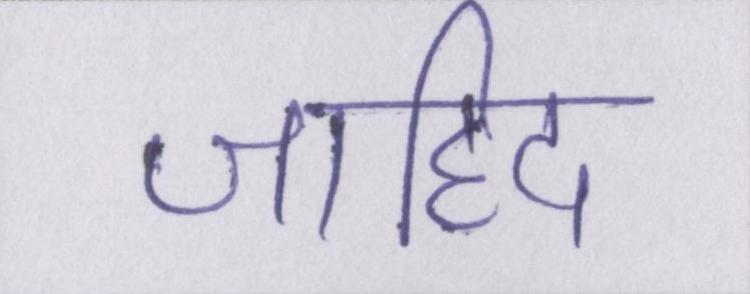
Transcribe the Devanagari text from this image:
जाहिद